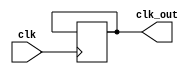
module fdivider(
	clk,
	clk_out
);

input clk;
output clk_out;

reg tmp;
reg [20:0] cnt;

assign clk_out = tmp;

always @ (posedge clk)
begin
	if(cnt == 25000000)
	begin
		cnt <= 0;
		tmp <= ~tmp;
	end
	else
	begin
		cnt <= cnt + 1;
	end
end

endmodule